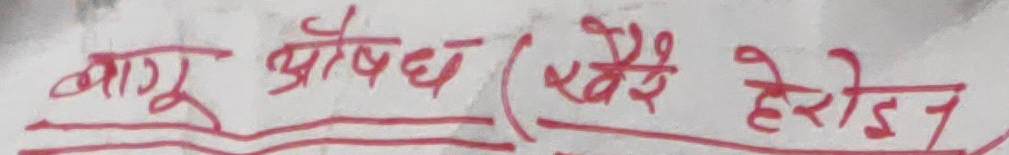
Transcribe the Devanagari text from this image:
बाह्य औषधि (हेरॉइन)